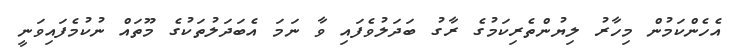
އެހެންކަމުން މިހާރު ލިޔުންތެރިކަމުގެ ރާގު ބަދަލުވެފައި ވާ ނަމަ އެބަދަލުތަކުގެ މޫތައް ނުކުމެފައިވަނީ